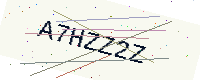
Text: A7HZZ2Z